Rangoon Lunatic Asylum 1878-1892 - 1878-1892
Year: 1878
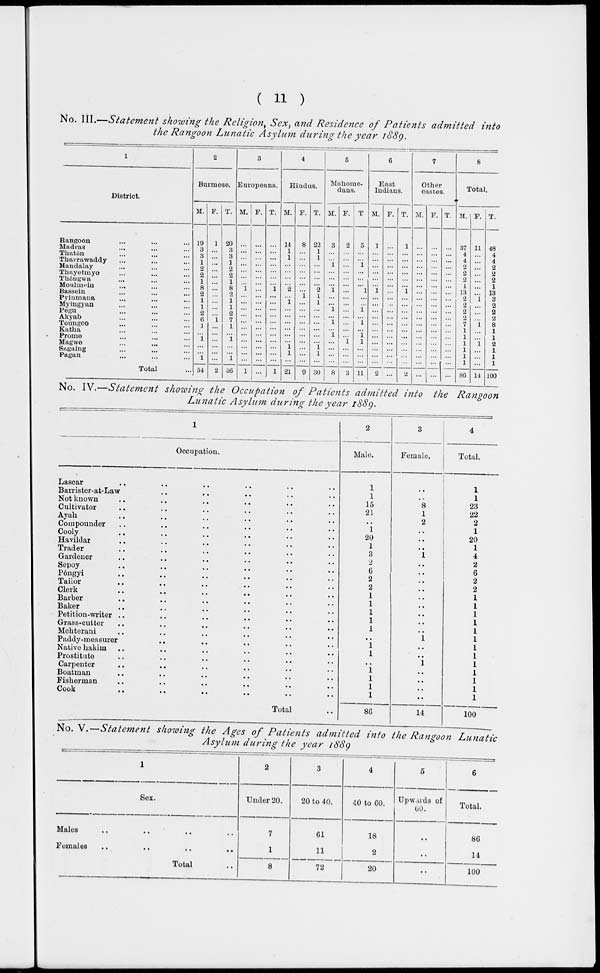
( 11 )
No. III.—Statement showing the Religion, Sex, and Residence of Patients admitted
into
the Rangoon Lunatic Asylum during the year 1889.
1
District.
Rangoon ... ... ...
Madras ... ... ...
Thatôn ... ... ...
Tharrawaddy ... ... ...
Mandalay ... ... ...
Thayetmyo ... ... ...
Thôngwa ... ... ...
Moulmein ... ... ...
Bassein ... ... ...
Pyinmana ... ... ...
Myingyan ... ... ...
Pegu ... ... ...
Akyab ... ... ...
Toungoo ... ... ...
Katha ... ... ...
Prome ... ... ...
Magwe ... ... ...
Sagaing ... ... ...
Pagan ... ... ...
Total ...
2
Burmese.
M.
19
3
3
1
2
2
1
8
2
1
1
2
6
1
...
1
...
...
1
54
F.
1
...
...
...
...
...
...
...
...
...
...
... 1
...
...
...
...
...
...
2
T.
20
3
3
1
2
2
1
8
2
1
1
2
7
1
... 1
...
...
1
56
3
Europeans.
M.
...
...
...
...
...
...
...
1
...
...
...
...
...
...
...
...
...
...
...
1
F.
...
...
...
...
...
...
...
...
...
...
...
...
...
...
...
...
...
...
...
...
T.
...
...
...
...
...
...
...
1
...
...
...
...
...
...
...
...
...
...
...
1
4
Hindus.
M.
14
1
1
...
...
...
...
2
...
1
...
...
...
...
...
...
1 1
...
21
F.
8
...
...
...
...
...
...
...
1
...
...
...
...
...
...
...
...
...
...
9
T.
22
1
1
...
...
...
...
2
1
1
...
...
...
...
...
...
1 1
...
30
5
Mahome-
dans.
M.
3
...
...
1
...
...
...
1
...
...
1
...
1
...
1
...
...
...
...
8
F.
2
...
...
...
...
...
...
...
...
...
...
...
...
...
...
1
...
...
...
3
T.
5
...
...
1
...
...
...
1
...
...
1
... 1
...
1
1
...
...
...
11
6
East
Indians.
M.
1
...
...
...
...
...
...
1
...
...
...
...
...
...
...
...
...
...
...
2
F.
...
...
...
...
...
...
...
...
...
...
...
...
...
...
...
...
...
...
...
...
T.
1
...
...
...
...
...
...
1
...
...
...
...
...
...
...
...
...
...
...
2
7
Other
castes.
M.
...
...
...
...
...
...
...
...
...
...
...
...
...
...
...
...
...
...
...
...
F.
...
...
...
...
...
...
...
...
...
...
...
...
...
...
...
...
...
...
...
...
T.
...
...
...
...
...
...
...
...
...
...
...
...
...
...
...
...
...
...
...
...
8
Total.
M.
37
4
4
2
2
2
1
13
2
2
2
2
7
1
1
1
1
1
1
86
F.
11
...
...
...
...
...
...
...
1
...
...
... 1
...
...
1
...
...
...
14
T.
48
4
4
2
2
2
1
13
3
2
2
2
8
1
1
2
1
1
1
100
No. IV.—Statement showing the Occupation of Patients admitted into the
Rangoon
Lunatic Asylum during the year 1889.
1
Occupation.
Lascar .. .. .. .. .. ..
Barrister-at-Law
..
..
..
..
..
Not known .. .. .. .. .. ..
Cultivator .. .. .. .. .. ..
Ayah .. .. .. .. .. ..
Compounder .. .. .. .. .. ..
Cooly .. .. .. .. .. ..
Havildar .. .. .. .. .. ..
Trader .. .. .. .. .. ..
Gardener .. .. .. .. .. ..
Sepoy .. .. .. .. .. ..
Pôngyi .. .. .. .. .. ..
Tailor .. .. .. .. .. ..
Clerk .. .. .. .. .. ..
Barber .. .. .. .. .. ..
Baker .. .. .. .. .. ..
Petition-writer .. .. .. .. .. ..
Grass-cutter .. .. .. .. .. ..
Mehterani .. .. .. .. .. ..
Paddy-measurer .. .. .. .. ..
Native hakim .. .. .. .. .. ..
Prostitute .. .. .. .. .. ..
Carpenter .. .. .. .. .. ..
Boatman .. .. .. .. .. ..
Fisherman .. .. .. .. .. ..
Cook .. .. .. .. .. ..
Total ..
2
Male.
1
1
15
21
..
1
20
1
3
2
6
2
2
1
1
1
1
1
..
1
1
..
1
1
1
1
86
3
Female.
..
..
8
1
2
..
..
..
1
..
..
..
..
..
..
..
..
..
1
..
..
1
..
..
..
..
14
4
Total.
1
1
23
22
2
1
20
1
4
2
6
2
2
1
1
1
1
1
1
1
1
1
1
1
1
1
100
No. V.—-Statement showing the Ages of Patients
admitted into the Rangoon
Lunatic
Asylum during the year 1889
1
Sex.
Males .. .. .. ..
Females .. .. .. ..
Total ..
2
Under 20.
7
1
8
3
20 to 40.
61
11
72
4
40 to 60.
18
2
20
5
Upwards of
60.
..
..
..
6
Total.
86
14
100